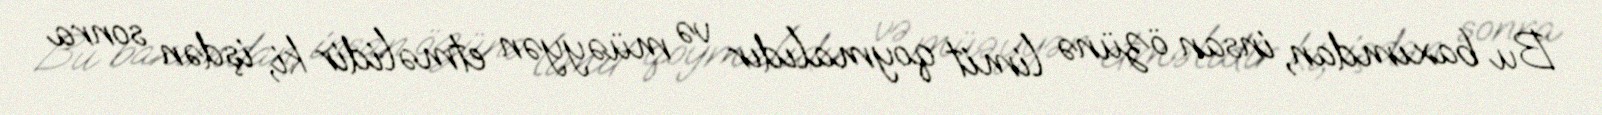
Bu baxımdan, insan özünə limit qoymalıdır və müəyyən etməlidir ki, işdən sonra